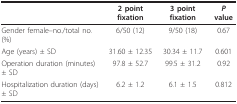
|  | 2 point fixation | 3 point fixation | P value |
 | --- | --- | --- | --- |
 | Gender female--no./total no. (%) | 6/50 (12) | 9/50 (18) | 0.67 |
 | Age (years) ± SD | 31.60 ± 12.35 | 30.34 ± 11.7 | 0.601 |
 | Operation duration (minutes) ± SD | 97.8 ± 52.7 | 99.5 ± 31.2 | 0.92 |
 | Hospitalization duration (days) ± SD | 6.2 ± 1.2 | 6.1 ± 1.5 | 0.812 |